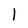
Character: l